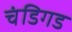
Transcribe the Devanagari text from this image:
चंडिगड